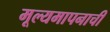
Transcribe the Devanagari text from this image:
मूल्यमापनाची